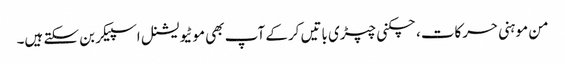
من موہنی حرکات، چکنی چپڑی باتیں کرکے آپ بھی موٹیویشنل اسپیکر بن سکتے ہیں۔